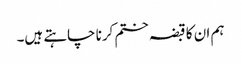
ہم ان کا قبضہ ختم کرنا چاہتے ہیں۔